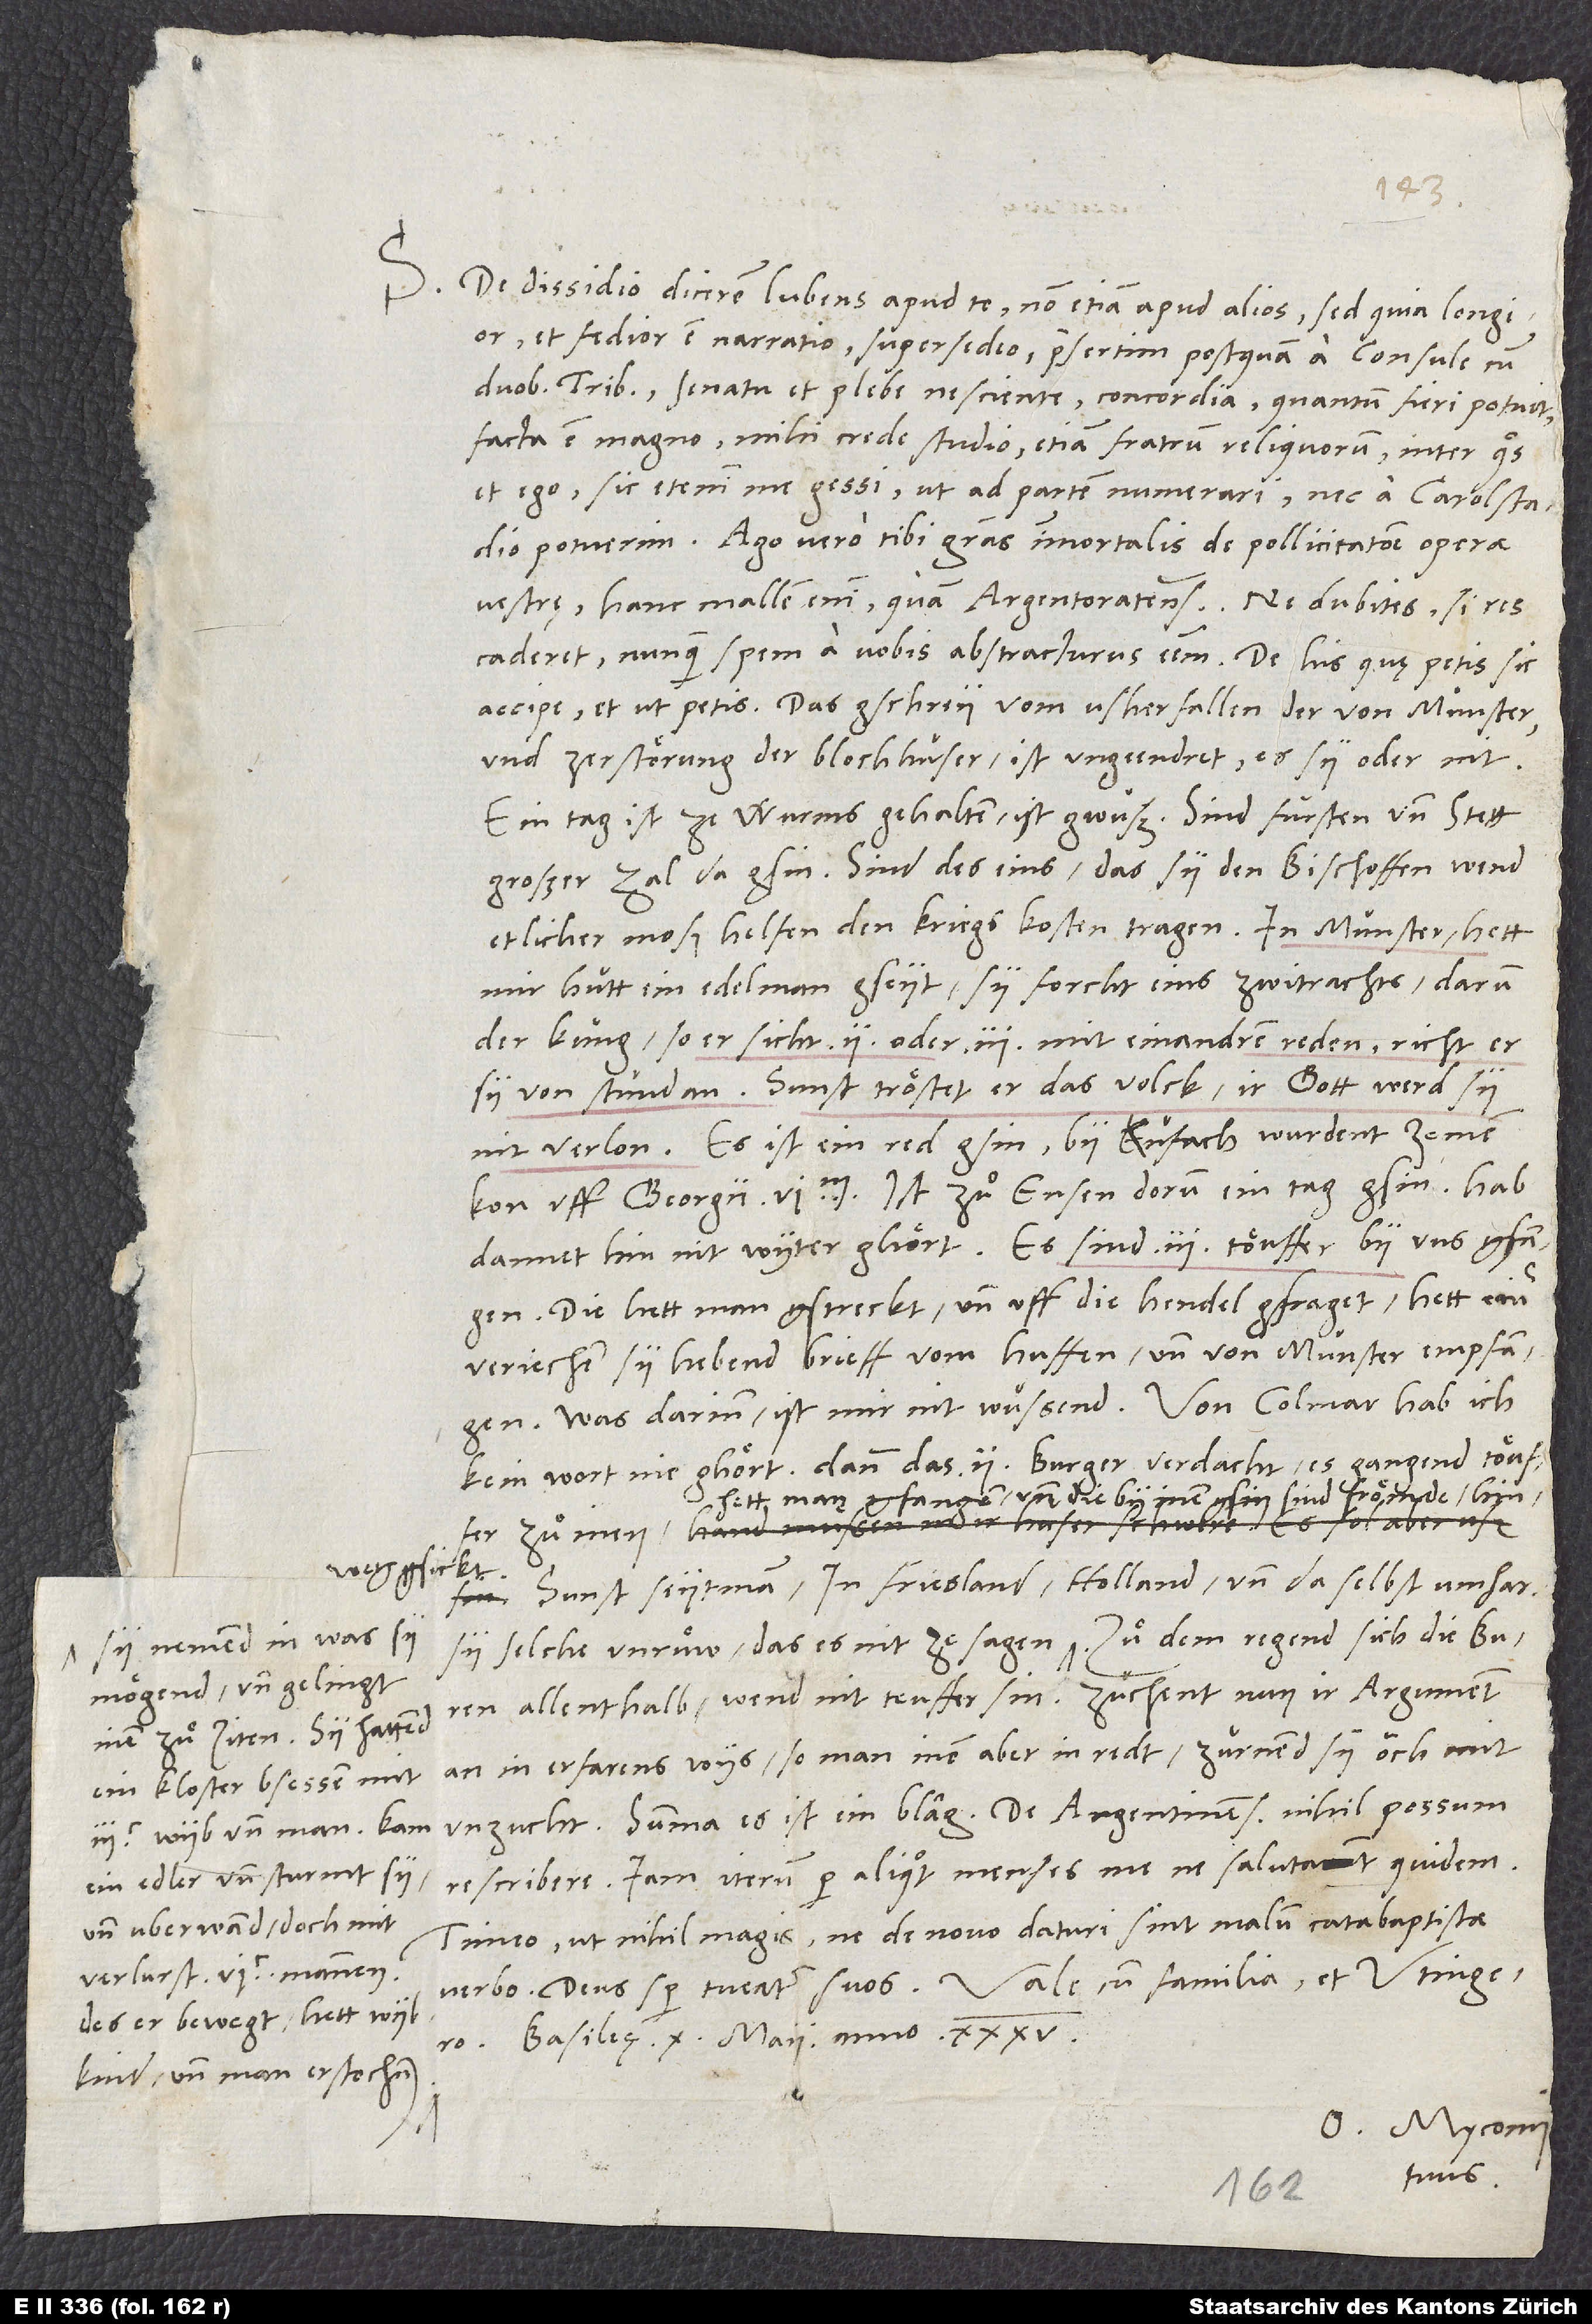
mögend, und gelingt
inen zuͦ ziten. Sy hattend
ein kloster bsessen mit
300 wyb und man, kam
ein edler und sturmt sy
und uberwand, doch mit
verlurst 600 mannen,
des er bewegt, hett wyb,
kind und man erstochen.

S. De dissidio dicerem lubens apud te, non etiam apud alios, sed quia longior
et fedior est narratio, supersedeo, praesertim postquam a consule cum
duobus tribunis senatu et plebe nesciente concordia, quantum fieri potuit,
facta est magno, mihi crede, studio etiam fratrum reliquorum, inter quos
et ego. Sic etenim me gessi, ut ad partem numerari nec a Carolstadio
potuerim. Ago vero tibi gratias immortalis de pollicitatione operae
vestrae. Hanc mallem enim quam Argentoratensium. Ne dubites, si res
accipe et ut petis: Das gschrey vom usherfallen der von Münster
und zerstörung der blochhüser ist ungeendret, es sy oder nit.
Ein tag ist ze Wurms gehalten, ist gwüß. Sind fürsten und stett
großer zal da gsin. Sind des eins, das sy den bischöffen wend
etlichermoß helfen den kriegskosten tragen. In Münster, hett
mir hütt ein edelman gseyt, sy forcht eins zwitrachts, darum
der küng, so er sicht 2 oder 3 miteinandren reden, richt er
sy von stund an. Sunst tröstet er das volck, ir gott werd sy
uff Georgii 6000, ist zuͦ Ensen dorum ein tag gsin. Hab
dannethin nit wyter ghört. Es sind 3 töuffer by uns gfangen,
die hett man gstreckt und uff die hendel gfraget. Hett einer
verjechen, sy hebend brieff vom huffen und von Münster empfangen.
Was darinn, ist mir nit wüssend. Von Colmar hab ich
kein wort nie ghört, dann das 2 Burger verdacht, es gangend töuffer
hett man gfangen und die by inen gsin, sind frömde,
zu men;
et
Sunst seyt man, in Friesland, Holland und daselbst umhar
allenthalb, wend nit teuffer sin, züchend nun ir argument
an in erfarens wys, so man inen aber inredt, zürnend sy ouch mit
rescribere. Iam iterum per aliquot menses me ne salutant quidem.
Timeo ut nihil magis, ne de novo daturi sint malum catabaptistae
Basileae, 10. maii anno 35.
O. Myconius
tuus.